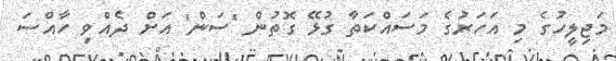
މަޖިލީހުގެ މި އަހަރުގެ މަސައްކަތާ ގުޅޭ ގޮތުން 'ސަން' އަށް ދެއްވި ހާއްސަ